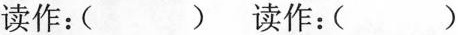
读作：() 读作：()